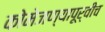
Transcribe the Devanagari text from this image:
कोमेजण्यापूर्वीच